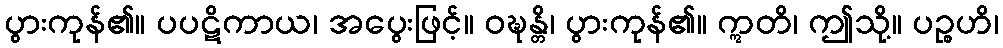
ပွားကုန်၏။ ပပဋိကာယ၊ အပွေးဖြင့်။ ဝဍ္ဎန္တိ၊ ပွားကုန်၏။ ဣတိ၊ ဤသို့။ ပဉ္စဟိ၊